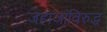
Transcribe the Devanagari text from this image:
जहाजांविरुद्ध